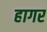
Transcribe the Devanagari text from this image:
हागर